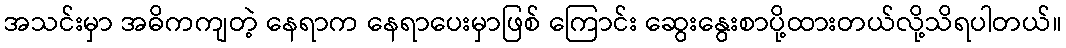
အသင်းမှာ အဓိကကျတဲ့ နေရာက နေရာပေးမှာဖြစ် ကြောင်း ဆွေးနွေးစာပို့ထားတယ်လို့သိရပါတယ်။